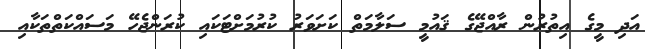
އަދި މީގެ އިތުރުން ރާއްޖޭގެ ޤައުމީ ސަލާމަތް ކަށަވަރު ކުރުމަށްޓަކައި ކުރަންޖެހޭ މަސައްކަތްތަކާއި